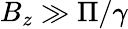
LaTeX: B_{z}\gg{\Pi/\gamma}